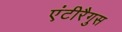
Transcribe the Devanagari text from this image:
एंटीरैगुस